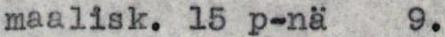
maalisk. 15 p-nä 9.